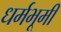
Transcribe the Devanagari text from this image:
धर्मभूमी